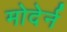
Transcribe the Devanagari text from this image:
मोदेर्न